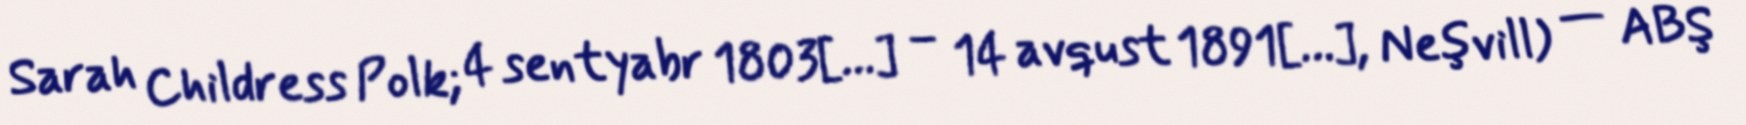
Sarah Childress Polk; 4 sentyabr 1803[…] – 14 avqust 1891[…], Neşvill) — ABŞ